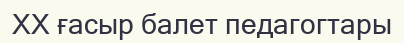
XX ғасыр балет педагогтары